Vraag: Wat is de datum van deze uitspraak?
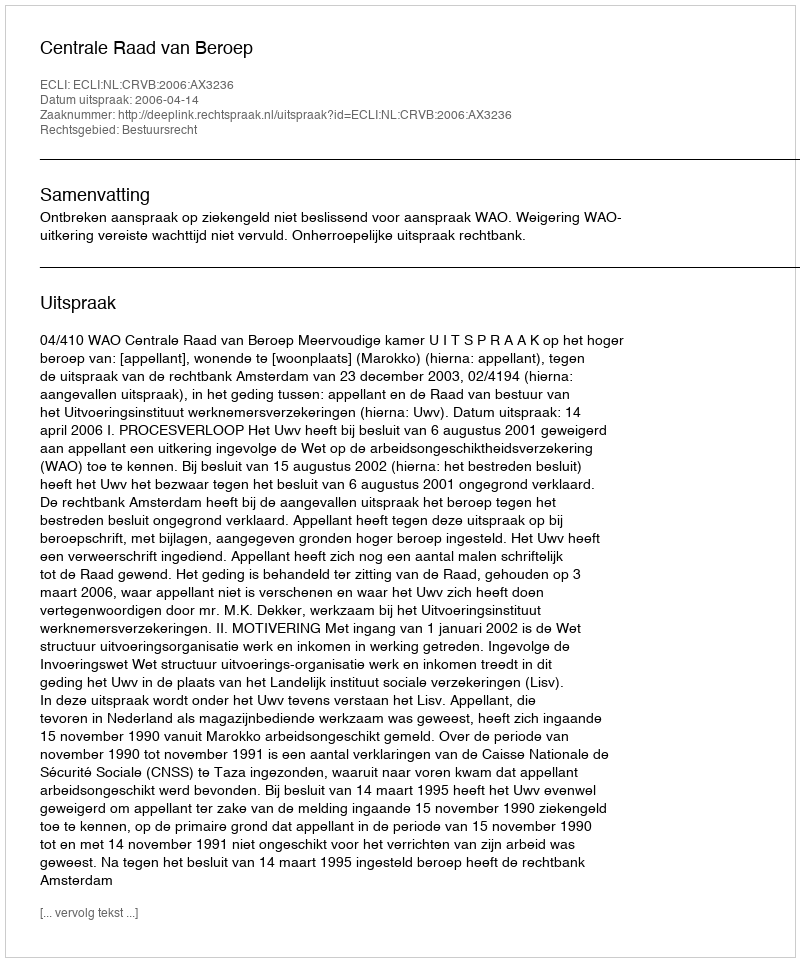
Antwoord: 2006-04-14